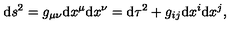
{ \mathrm d } s ^ { 2 } = { g } _ { \mu \nu } { \mathrm d } x ^ { \mu } { \mathrm d } x ^ { \nu } = { \mathrm d } \tau ^ { 2 } + { g } _ { i j } { \mathrm d } x ^ { i } { \mathrm d } x ^ { j } ,